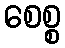
စေစ္စ